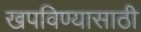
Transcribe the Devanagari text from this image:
खपविण्यासाठी